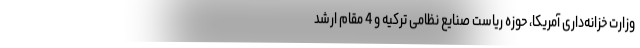
وزارت خزانه‌داری آمریکا، حوزه ریاست صنایع نظامی ترکیه و 4 مقام ارشد